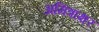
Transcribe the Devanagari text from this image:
अमित्राक्षर